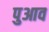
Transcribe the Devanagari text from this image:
पुआव